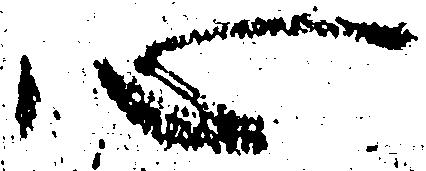
心